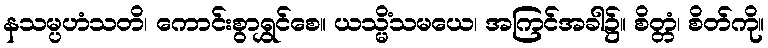
နသမ္ပဟံသတိ၊ ကောင်းစွာရွှင်စေ။ ယသ္မိံသမယေ၊ အကြင်အခါ၌။ စိတ္တံ၊ စိတ်ကို။